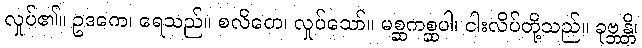
လှုပ်၏။ ဥဒကေ၊ ရေသည်။ စလိတေ၊ လှုပ်သော်။ မစ္ဆကစ္ဆပါ၊ ငါးလိပ်တို့သည်။ ခုဗ္ဘန္တိ၊